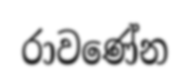
රාවණේන